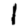
Digit: 1